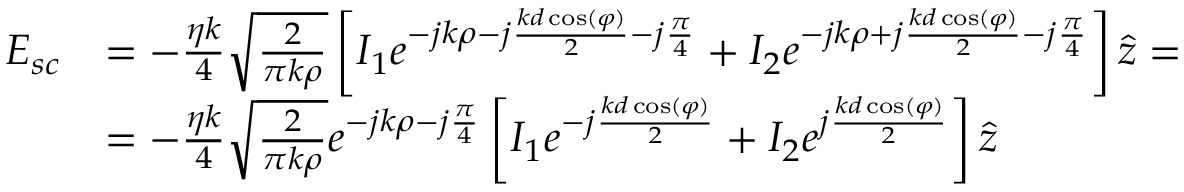
\begin{array} { r l } { \boldsymbol { E _ { s c } } } & { = - \frac { \eta k } { 4 } \sqrt { \frac { 2 } { \pi k \rho } } \left[ I _ { 1 } e ^ { - j k \rho - j \frac { k d \cos ( \varphi ) } { 2 } - j \frac { \pi } { 4 } } + I _ { 2 } e ^ { - j k \rho + j \frac { k d \cos ( \varphi ) } { 2 } - j \frac { \pi } { 4 } } \right] \hat { z } = } \\ & { = - \frac { \eta k } { 4 } \sqrt { \frac { 2 } { \pi k \rho } } e ^ { - j k \rho - j \frac { \pi } { 4 } } \left[ I _ { 1 } e ^ { - j \frac { k d \cos ( \varphi ) } { 2 } } + I _ { 2 } e ^ { j \frac { k d \cos ( \varphi ) } { 2 } } \right] \hat { z } } \end{array}